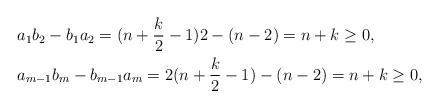
LaTeX: \begin{align*} & a_{1}b_{2}-b_{1}a_{2} = (n+\frac{k}{2}-1)2-(n-2)=n+k\geq 0, \\ & a_{m-1}b_{m}-b_{m-1}a_{m} = 2(n+\frac{k}{2}-1)-(n-2)=n+k\geq 0,\end{align*}